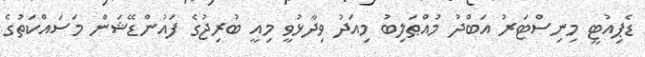
ޑެޕިއުޓީ މިނިސްޓަރު އަބްދު މުއްޠަލިބު މިއަދު ވިދާޅުވީ މިއީ ބުރިޖުގެ ފައުންޑޭޝަން މަސައްކަތުގެ